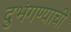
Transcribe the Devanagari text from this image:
दुभंगण्याची